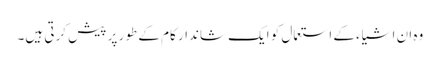
وہ ان اشیاء کے استعمال کو ایک شاندار کام کے طور پر پیش کرتی ہیں۔